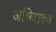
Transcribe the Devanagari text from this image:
अभिवादन